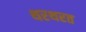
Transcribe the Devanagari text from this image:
थरथरत